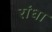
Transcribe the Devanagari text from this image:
रांधा